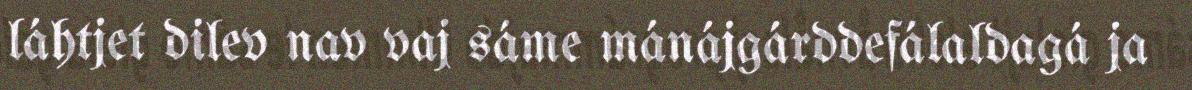
láhtjet dilev nav vaj sáme mánájgárddefálaldagá ja